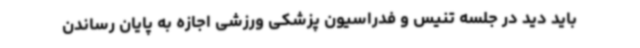
باید دید در جلسه تنیس و فدراسیون پزشکی ورزشی اجازه به پایان رساندن